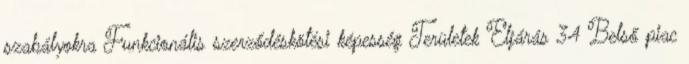
szabályokra Funkcionális szerződéskötési képesség Területek Eljárás 34 Belső piac